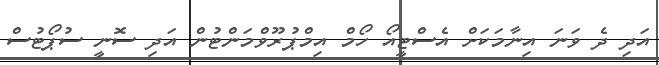
އަދި ދެ ވަނަ އިނާމަކަށް އެސްޓީއޯ ހޯމް އިމްޕުރޫވްމަންޓުން އަދި ސޮނީ ސުޕޯޓުސް